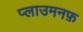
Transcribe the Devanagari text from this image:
प्लाउमनफ़